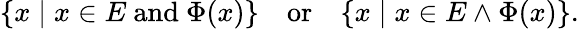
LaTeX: \{ x\mid x\in E{\mathrm{~and~}}\Phi(x)\} \quad{\mathrm{or}}\quad\{ x\mid x\in E\land\Phi(x)\} .